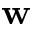
\textbf { w }